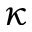
\kappa